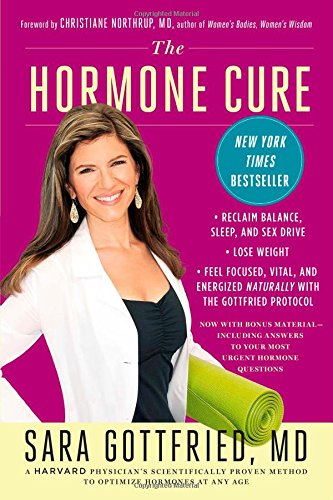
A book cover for The Hormone Cure: Reclaim Balance, Sleep and Sex Drive; Lose Weight; Feel Focused, Vital, and Energized Naturally with the Gottfried Protocol; Dr. Sara Gottfried; Health, Fitness & Dieting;